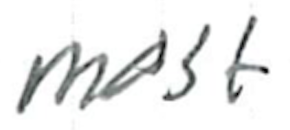
Text: most
Cross-out: clean
Writing tool: ballpoint